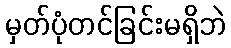
မှတ်ပုံတင်ခြင်းမရှိဘဲ